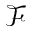
\mathcal { F }